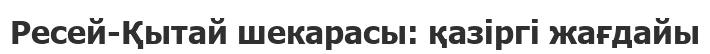
Ресей-Қытай шекарасы: қазіргі жағдайы